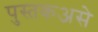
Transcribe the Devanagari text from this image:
पुस्तकअसे